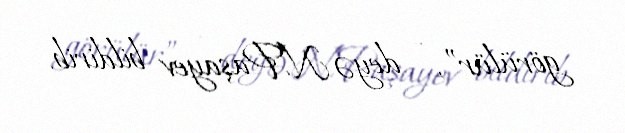
görülür”, - deyə N.Paşayev bildirib.